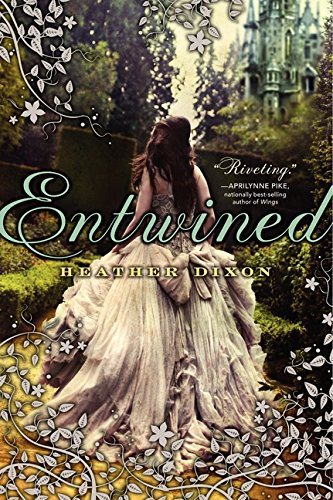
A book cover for Entwined; Heather Dixon; Teen & Young Adult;